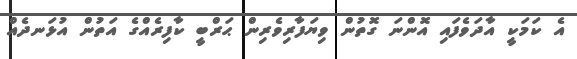
އެ ކަމަކީ އާދަވެފައި އޮންނަ ގޮތުން ވިޔަފާރިވެރިން ޙަރްބީ ކާފިރެއްގެ އަތުން އުޅަނދެއް